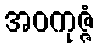
အဝကုဇ္ဇံ